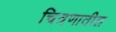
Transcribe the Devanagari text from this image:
चित्रणातील